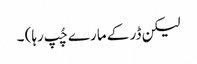
لیکن ڈر کے مارے چُپ رہا) ۔